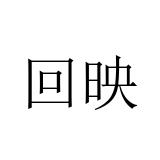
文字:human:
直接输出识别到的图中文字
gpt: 回映